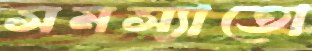
সমস্যাতো